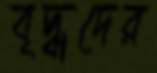
বৃদ্ধদের